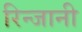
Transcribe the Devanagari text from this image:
रिन्जानी